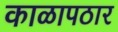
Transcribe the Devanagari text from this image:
काळापठार